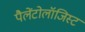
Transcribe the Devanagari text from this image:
पैलेंटोलॉजिस्ट